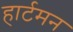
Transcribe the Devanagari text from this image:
हार्टमन